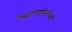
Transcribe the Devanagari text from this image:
शिक्षणसंस्थांच्या